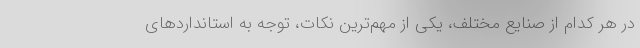
در هر کدام از صنایع مختلف، یکی از مهم‌ترین نکات، توجه به استانداردهای